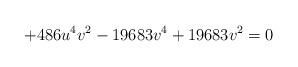
LaTeX: \begin{align*}+486 u^4 v^2-19683 v^4+19683 v^2=0\end{align*}